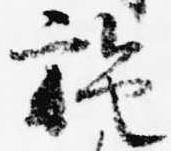
施